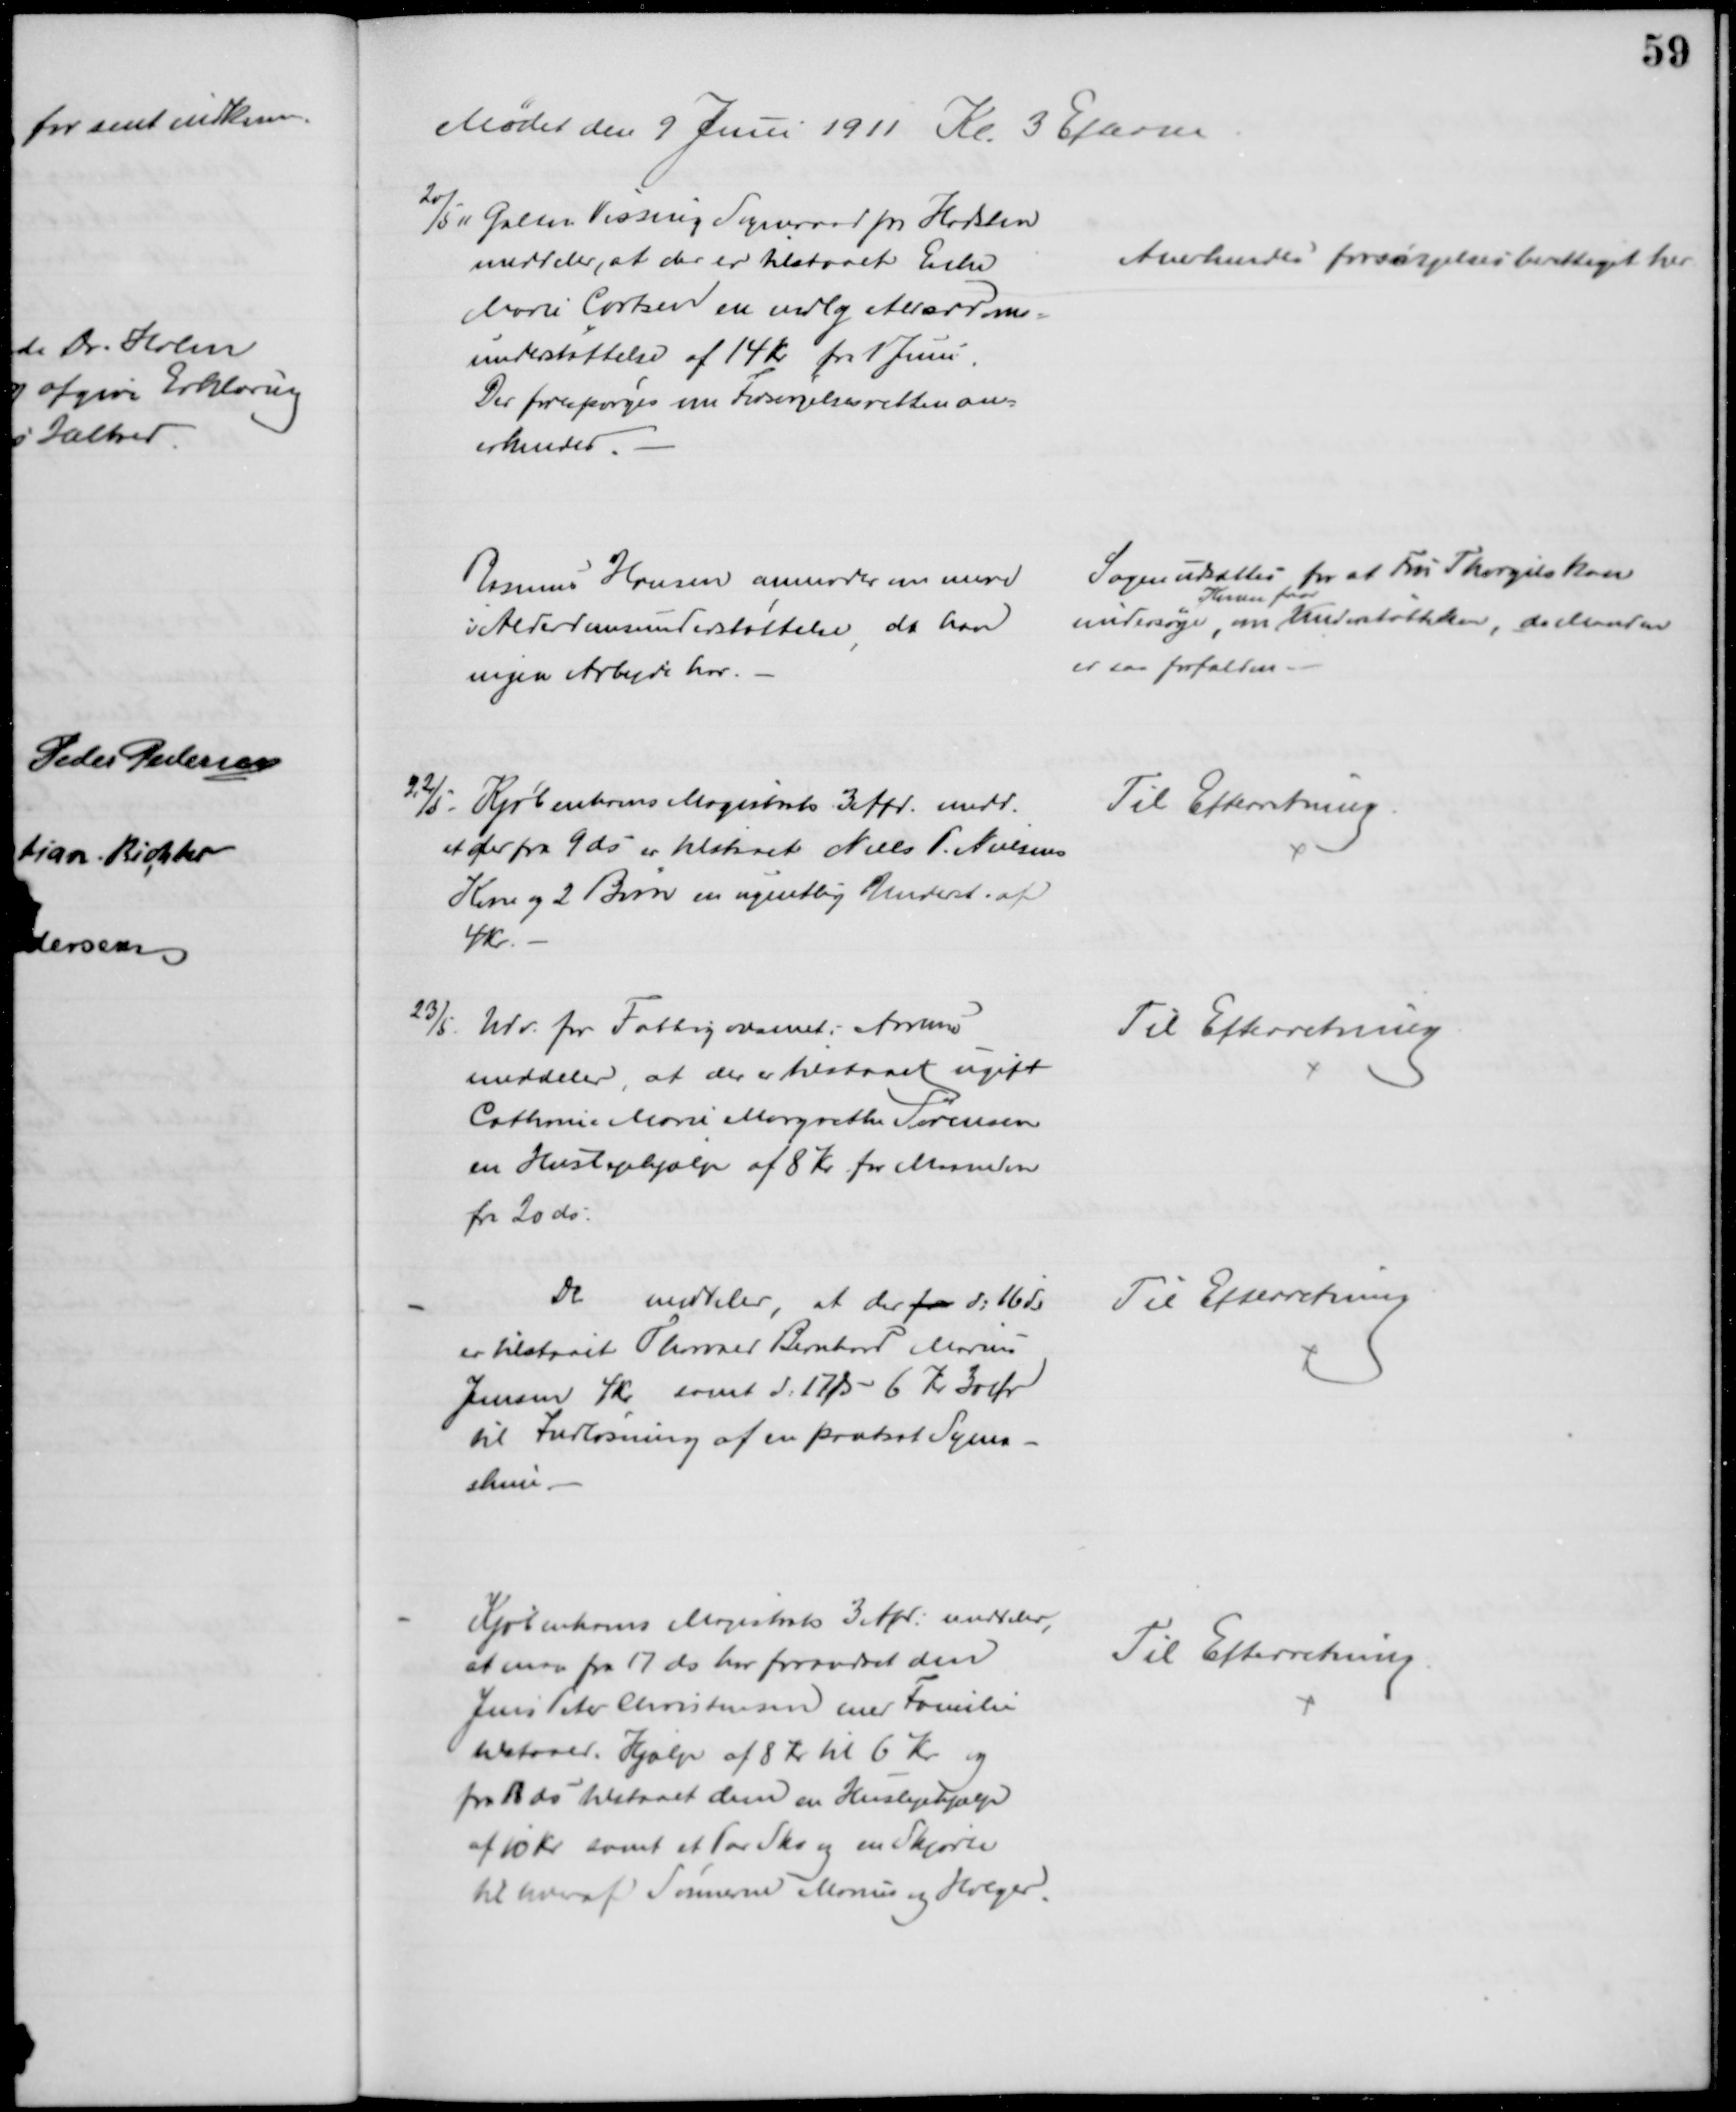
Transskription:
Mødet den 9 Juni 1911 Kl. 3 Efterm
20/5 11 Galten Vissing Sogneraad pr Hadsten
meddeler, at der er tilstaaet Enke
Marie Cortsen en mdlg Alderdoms=
understøttelse af 14 Kr fra 1 Juni.
Der forespørges om Forsørgelsesretten an=
erkendes.
Anerkendes forsørgelsesberettiget her
Rasmus Hansen anmoder om mere
i Alderdomsunderstøttelse, da han
ingen Arbejde har.
Sagen udsattes for at Fru Thorgils kan
undersøge, om 
Konen faar
Understøttelsen, da Manden
er saa forfalden
22/5. Kjøbenhavns Magistrats 3 Afd. medd.
at der fra 9 ds er tilstaaet Niels P. Nielsens
Kone og 2 Børn en ugentlig Underst. af
4 Kr.
Til Efterretning.
23/5. Udv. for Fattigvæsenet i Aarhus
meddeler, at der er tilstaaet ugift
Cathrine Marie Margrethe Sørensen
en Huslejehjælp af 8 Kr for Maaneden
fra 20 ds.
Til Efterretning.
Do meddeler, at der fra d: 16 ds
er tilstaaet Thorvald Bernhard Marius
Jensen 4 Kr, samt d. 17/5 - 6 Kr 30 Ør
til Indløsning af en pantsat Syma-
skine
Til Efterretning
Kjøbenhavns Magistrats 3 Afd. meddeler,
at man fra 17 ds har forandret den
Jens Peter Christensen med Familie
tilstaaede Hjælp af 8 Kr til 6 Kr og
fra 13 ds tilstaaet dem en Huslejehjælp
af 10 Kr samt et Par Sko og en Skjorte
til hver af Sønnerne Marius og Holger.
Til Efterretning.